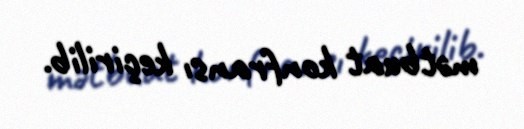
mətbuat konfransı keçirilib.